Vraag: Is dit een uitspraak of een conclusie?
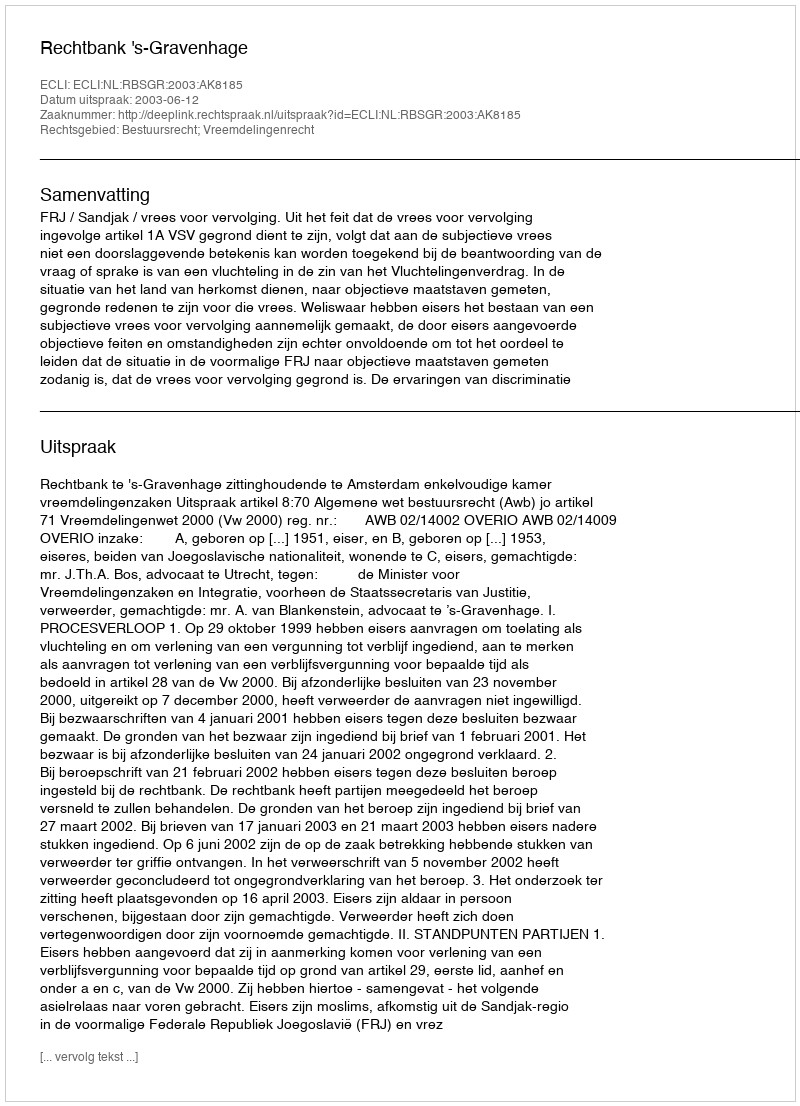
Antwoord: Uitspraak